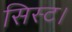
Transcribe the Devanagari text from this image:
सिस्ट।